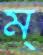
ম্